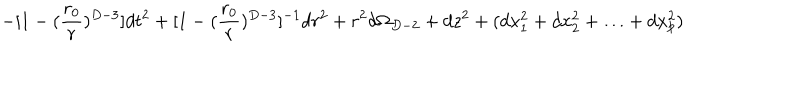
LaTeX: - [ 1 - ( { \frac { r _ { 0 } } { r } } ) ^ { D - 3 } ] d t ^ { 2 } + [ 1 - ( { \frac { r _ { 0 } } { r } } ) ^ { D - 3 } ] ^ { - 1 } d r ^ { 2 } + r ^ { 2 } d \Omega _ { D - 2 } + d z ^ { 2 } + ( d x _ { 1 } ^ { 2 } + d x _ { 2 } ^ { 2 } + \ldots + d x _ { p } ^ { 2 } )